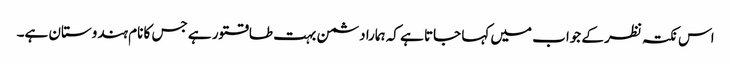
اس نکتہ نظر کے جواب میں کہا جاتا ہے کہ ہمارا دشمن بہت طاقتور ہے جس کا نام ہندوستان ہے۔